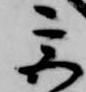
宮